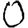
Digit: 0